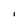
Character: l